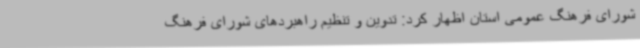
شورای فرهنگ عمومی استان اظهار کرد: تدوین و تنظیم راهبردهای شورای فرهنگ